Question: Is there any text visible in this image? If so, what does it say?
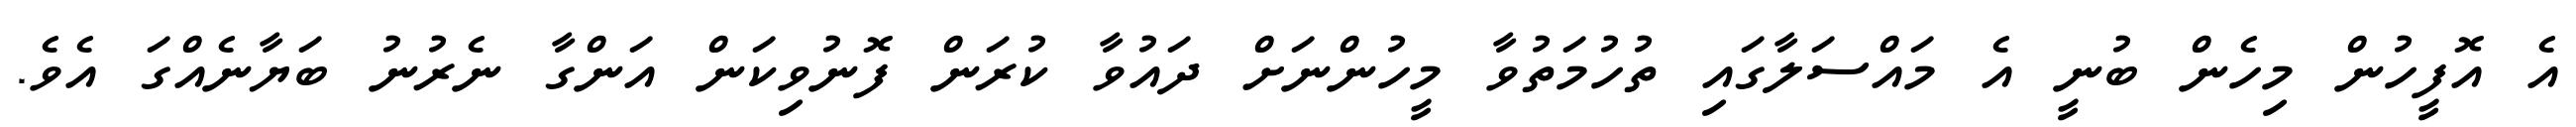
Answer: އެ އޮފީހުން މިހެން ބުނީ އެ މައްސަލާގައި ތުހުމަތުވާ މީހުންނަށް ދައުވާ ކުރަން ފޮނުވިކަން އަންގާ ނެރުނު ބަޔާނެއްގަ އެވެ.